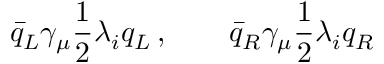
\bar { q } _ { L } \gamma _ { \mu } { \frac { 1 } { 2 } } \lambda _ { i } q _ { L } \, , \qquad \bar { q } _ { R } \gamma _ { \mu } { \frac { 1 } { 2 } } \lambda _ { i } q _ { R }